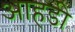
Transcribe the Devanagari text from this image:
आहडी